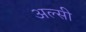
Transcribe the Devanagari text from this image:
अल्‍सी